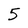
Character: 5